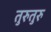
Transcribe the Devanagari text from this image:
तुरुतुरु